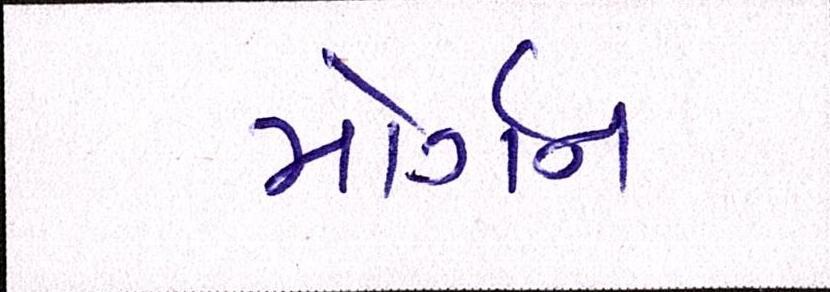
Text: મોર્ગન